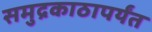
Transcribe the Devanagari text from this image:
समुद्रकाठापर्यंत